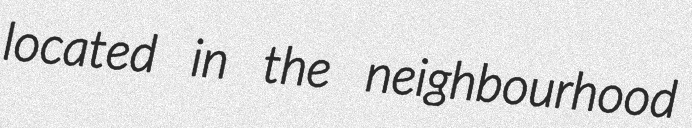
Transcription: located in the neighbourhood